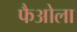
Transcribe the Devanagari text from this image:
फैओला